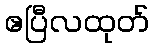
ဧပြီလထုတ်